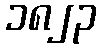
၁၈၂၃